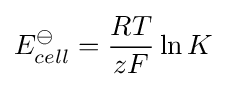
E_{cell}^{\ominus }={\frac {RT}{zF}}\ln {K}